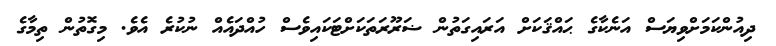
ދިއުންކަމަށްވިޔަސް އަނެކާގެ ޙައްޤަކަށް އަރައިގަތުން ޟަރޫރަތަކަށްޓަކައިވެސް ހުއްދައެއް ނުކުރެ އެވެ. މިގޮތުން ތިމާގެ